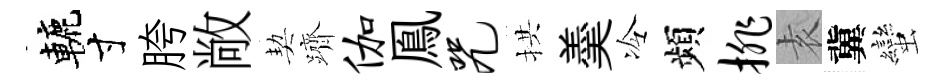
轆寸胯敞契躋伽鳯咒拱羮冷頻排𡊮冀蠻